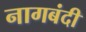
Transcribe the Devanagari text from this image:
नागबंदी